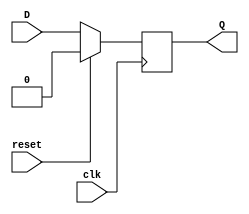
module dff_reset (
    input wire D,
    input wire clk,
    input wire reset,
    output reg Q
);

always @(posedge clk) begin
    if (reset) begin
        Q <= 0; // Reset state
    end else begin
        Q <= D; // Flip-flop operation
    end
end

endmodule